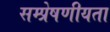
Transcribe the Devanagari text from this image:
सम्प्रेषणीयता